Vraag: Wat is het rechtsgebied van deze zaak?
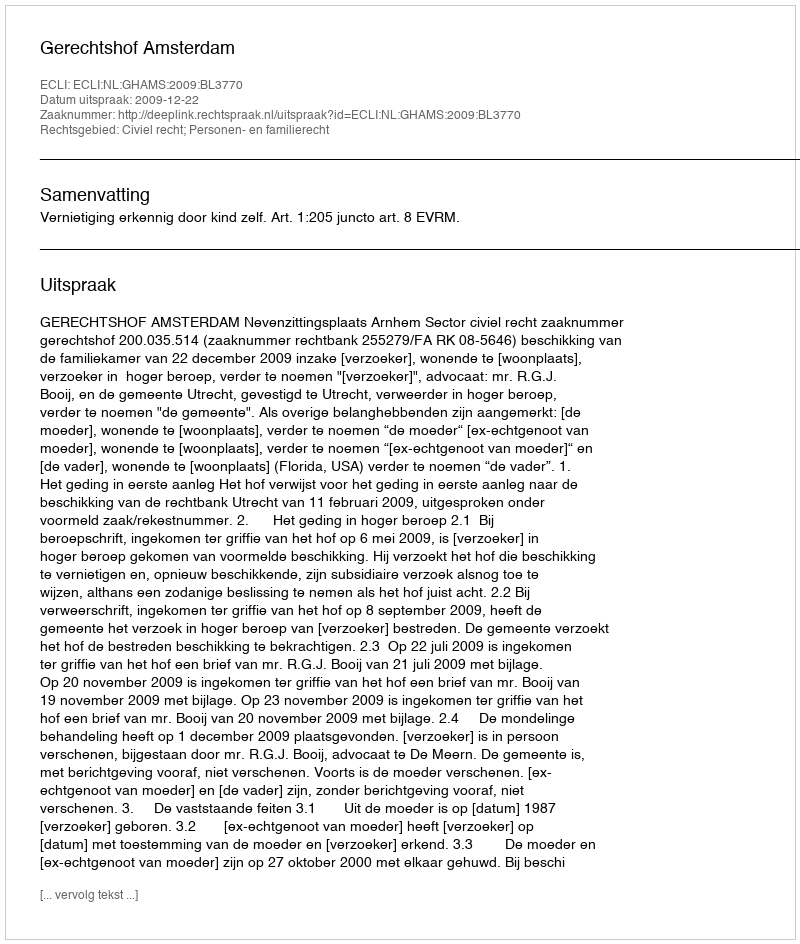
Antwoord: Civiel recht; Personen- en familierecht